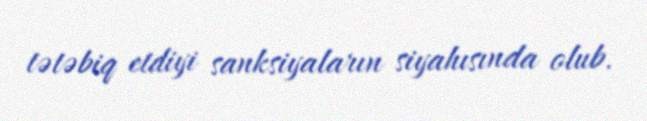
tətəbiq etdiyi sanksiyaların siyahısında olub.